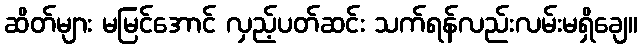
ဆိတ်များ မမြင်အောင် လှည့်ပတ်ဆင်း သက်ရန်လည်းလမ်းမရှိချေ။